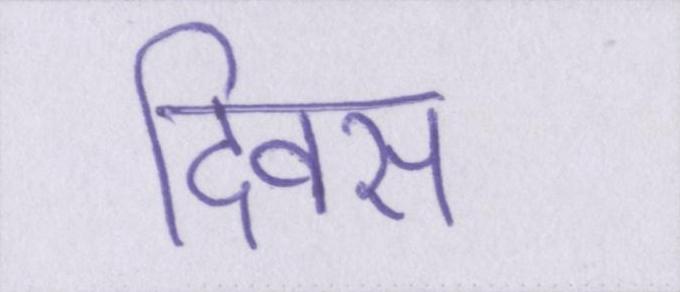
दिवस